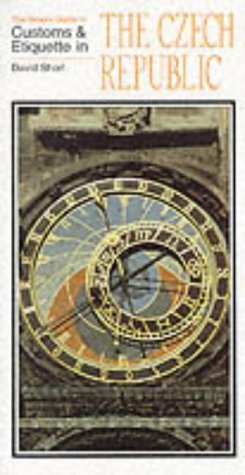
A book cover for Simple Guide to Customs and Etiquette in the Czech Republic (Simple Guides: Customs and Etiquette); David Short; Travel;